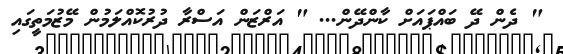
" ދެން ދޭ ބައްޕައަަށް ކާންދޭން... " އަރްޒަން އަސްރާ ދުރުކޮއްލަމުން މޭޒުމަތީގައި